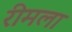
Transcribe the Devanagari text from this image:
रीमला